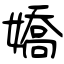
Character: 嬌